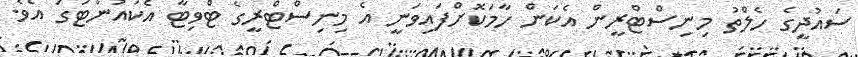
ސައުދީގެ ހެލްތު މިނިސްޓްރީން އެކަން ހާމަކޮށްފައިވަނީ އެ މިނިސްޓްރީގެ ޓްވިޓާ އެކައުންޓަގަ އެވެ.